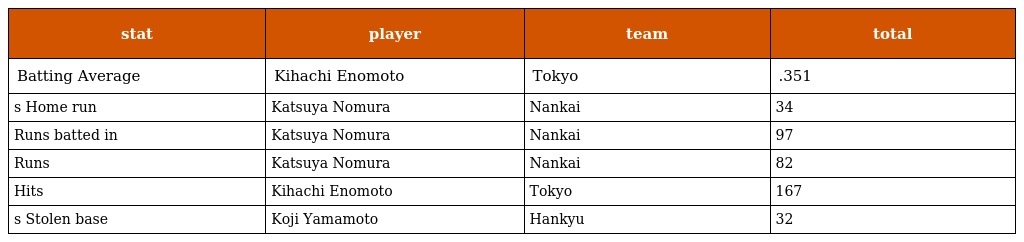
| stat | player | team | total |
 | --- | --- | --- | --- |
 | Batting Average | Kihachi Enomoto | Tokyo | .351 |
 | s Home run | Katsuya Nomura | Nankai | 34 |
 | Runs batted in | Katsuya Nomura | Nankai | 97 |
 | Runs | Katsuya Nomura | Nankai | 82 |
 | Hits | Kihachi Enomoto | Tokyo | 167 |
 | s Stolen base | Koji Yamamoto | Hankyu | 32 |